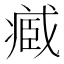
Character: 𮍒